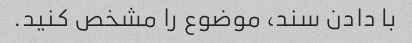
با دادن سند، موضوع را مشخص کنید.